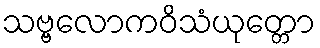
သဗ္ဗလောကဝိသံယုတ္တော